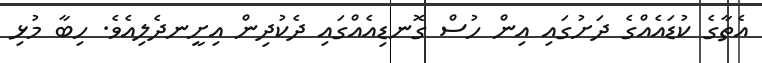
އެތާގެ ކުޑައެއްގެ ދަށުގައި އިން ހުސް ގޮނޑިއެއްގައި ދެކުދިން އިށީނދެލިއެވެ. ހިބާ މުޅި